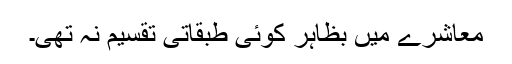
معاشرے میں بظاہر کوئی طبقاتی تقسیم نہ تھی۔